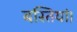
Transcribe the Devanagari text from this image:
बस्तियां।